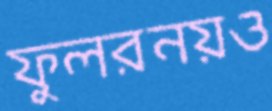
ফুলরনয়ও